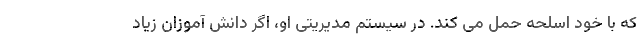
که با خود اسلحه حمل می کند. در سیستم مدیریتی او، اگر دانش آموزان زیاد